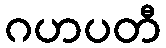
ဂဟပတီ